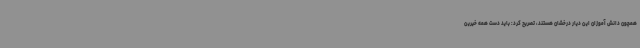
همچون دانش آموزان این دیار درخشان هستند، تصریح کرد: باید دست همه خیرین